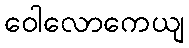
ဝေါလောကေယျ